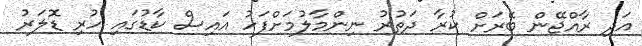
އަދި ރާއްޖޭން ބޭރަށް ކުރާ ދަތުރު ނިންމާލުމަށްފަހު އައިސް ކާޑުގައި ހުރި ޑޮލަރު